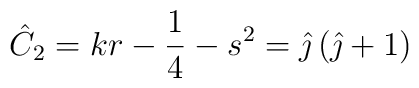
\hat{C}_{2}=kr-\frac{1}{4}-s^{2}=\hat{\jmath}\left( \hat{\jmath}+1\right)